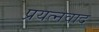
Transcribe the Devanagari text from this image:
प्रयत्नवाद